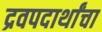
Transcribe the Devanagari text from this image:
द्रवपदार्थांचा